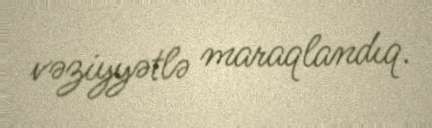
vəziyyətlə maraqlandıq.